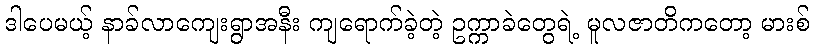
ဒါပေမယ့် နာခ်လာကျေးရွာအနီး ကျရောက်ခဲ့တဲ့ ဥက္ကာခဲတွေရဲ့ မူလဇာတိကတော့ မားစ်